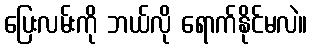
ပြေးလမ်းကို ဘယ်လို ရောက်နိုင်မလဲ။